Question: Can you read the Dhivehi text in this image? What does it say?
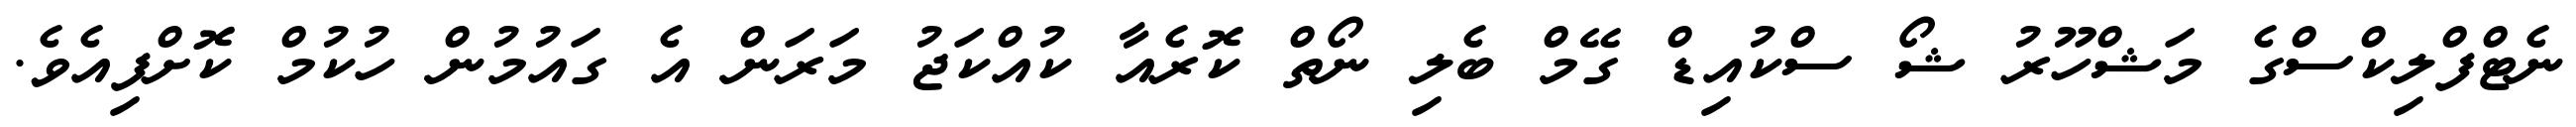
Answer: ނެޓްފްލިކްސްގެ މަޝްހޫރު ޝޯ ސްކުއިޑް ގޭމް ބެލި ނޯތް ކޮރެއާ ކުއްކަޖު މަރަން އެ ގައުމުން ހުކުމް ކޮށްފިއެވެ.